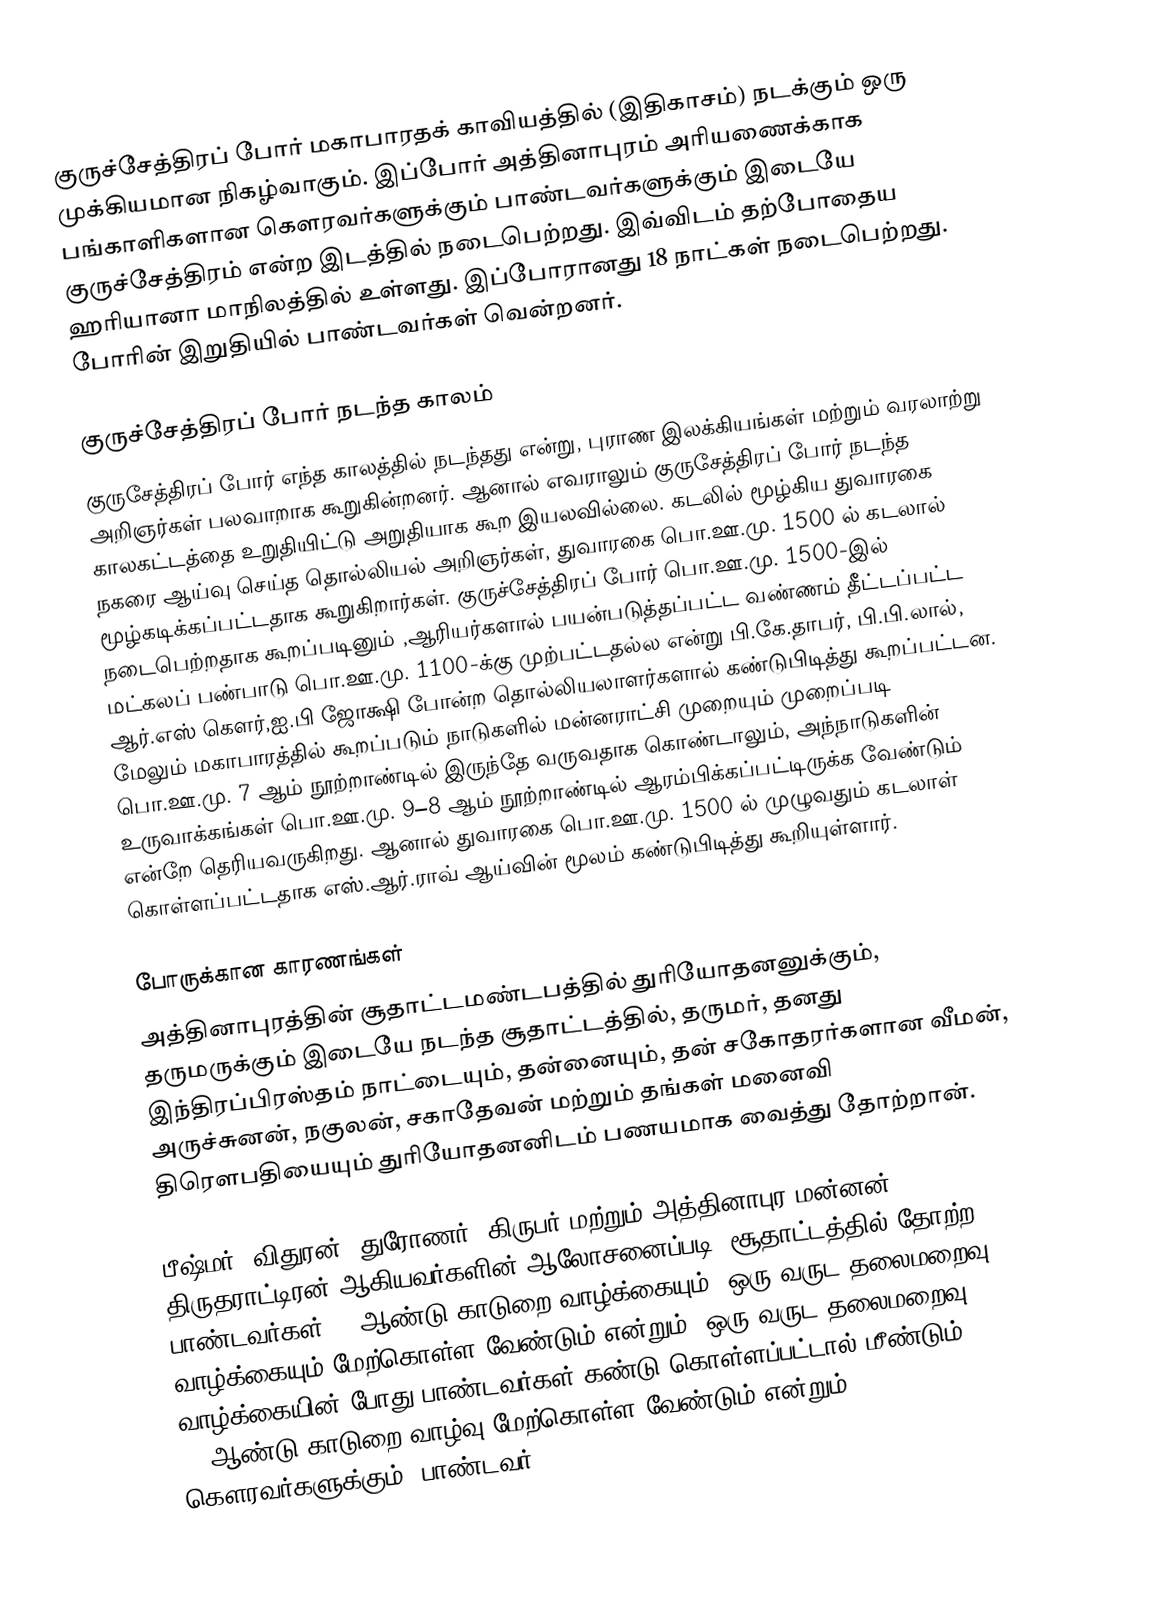
குருச்சேத்திரப் போர் மகாபாரதக் காவியத்தில் (இதிகாசம்) நடக்கும் ஒரு முக்கியமான நிகழ்வாகும். இப்போர் அத்தினாபுரம் அரியணைக்காக பங்காளிகளான கௌரவர்களுக்கும் பாண்டவர்களுக்கும் இடையே குருச்சேத்திரம் என்ற இடத்தில் நடைபெற்றது. இவ்விடம் தற்போதைய ஹரியானா மாநிலத்தில் உள்ளது. இப்போரானது 18 நாட்கள் நடைபெற்றது. போரின் இறுதியில் பாண்டவர்கள் வென்றனர்.

குருச்சேத்திரப் போர் நடந்த காலம்
குருசேத்திரப் போர் எந்த காலத்தில் நடந்தது என்று, புராண இலக்கியங்கள் மற்றும் வரலாற்று அறிஞர்கள் பலவாறாக கூறுகின்றனர். ஆனால் எவராலும் குருசேத்திரப் போர் நடந்த காலகட்டத்தை உறுதியிட்டு அறுதியாக கூற இயலவில்லை. கடலில் மூழ்கிய துவாரகை நகரை ஆய்வு செய்த தொல்லியல் அறிஞர்கள், துவாரகை பொ.ஊ.மு. 1500 ல் கடலால் மூழ்கடிக்கப்பட்டதாக கூறுகிறார்கள். குருச்சேத்திரப் போர் பொ.ஊ.மு. 1500-இல் நடைபெற்றதாக கூறப்படினும் ,ஆரியர்களால் பயன்படுத்தப்பட்ட வண்ணம் தீட்டப்பட்ட மட்கலப் பண்பாடு பொ.ஊ.மு. 1100-க்கு முற்பட்டதல்ல என்று பி.கே.தாபர், பி.பி.லால், ஆர்.எஸ் கௌர்,ஐ.பி ஜோக்ஷி போன்ற தொல்லியலாளர்களால் கண்டுபிடித்து கூறப்பட்டன. மேலும் மகாபாரத்தில் கூறப்படும் நாடுகளில்  மன்னராட்சி முறையும் முறைப்படி பொ.ஊ.மு. 7 ஆம் நூற்றாண்டில் இருந்தே வருவதாக கொண்டாலும், அந்நாடுகளின் உருவாக்கங்கள் பொ.ஊ.மு. 9–8 ஆம் நூற்றாண்டில் ஆரம்பிக்கப்பட்டிருக்க வேண்டும் என்றே தெரியவருகிறது. ஆனால் துவாரகை பொ.ஊ.மு. 1500 ல் முழுவதும் கடலாள் கொள்ளப்பட்டதாக எஸ்.ஆர்.ராவ் ஆய்வின் மூலம் கண்டுபிடித்து கூறியுள்ளார்.

போருக்கான காரணங்கள்
அத்தினாபுரத்தின் சூதாட்டமண்டபத்தில் துரியோதனனுக்கும், தருமருக்கும் இடையே நடந்த  சூதாட்டத்தில், தருமர், தனது இந்திரப்பிரஸ்தம் நாட்டையும், தன்னையும், தன் சகோதரர்களான வீமன், அருச்சுனன், நகுலன், சகாதேவன் மற்றும் தங்கள் மனைவி திரெளபதியையும் துரியோதனனிடம் பணயமாக வைத்து தோற்றான்.

பீஷ்மர், விதுரன், துரோணர், கிருபர் மற்றும் அத்தினாபுர மன்னன் திருதராட்டிரன் ஆகியவர்களின் ஆலோசனைப்படி, சூதாட்டத்தில் தோற்ற பாண்டவர்கள் 12-ஆண்டு காடுறை வாழ்க்கையும், ஒரு வருட தலைமறைவு வாழ்க்கையும் மேற்கொள்ள வேண்டும் என்றும், ஒரு வருட தலைமறைவு வாழ்க்கையின் போது பாண்டவர்கள் கண்டு கொள்ளப்பட்டால் மீண்டும் 12-ஆண்டு காடுறை வாழ்வு மேற்கொள்ள வேண்டும் என்றும் கௌரவர்களுக்கும், பாண்டவர்